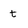
Character: t